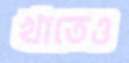
খাতেও